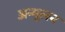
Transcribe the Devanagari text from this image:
अन्मूलन